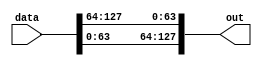
`timescale 1ns / 1ps
//////////////////////////////////////////////////////////////////////////////////
// Company: 
// Engineer: 
// 
// Design Name: 
// Module Name:    mix_columns 
// Project Name: 
// Target Devices: 
// Tool versions: 
// Description: 
//
// Dependencies: 
//
// Revision: 
// Revision 0.01 - File Created
// Additional Comments: 
//
//////////////////////////////////////////////////////////////////////////////////
module mix_columns(data, out);

	input [127:0]data;
	
	wire [31:0] out1;
	wire [31:0] out2;
	wire [31:0] out3;
	wire [31:0] out4;
	
	output [127:0] out;
	
	
	//take a column and rotate twice
	assign out1 = data[63:32];
	assign out2 = data[31:0];	
	assign out3 = data[127:96];
	assign out4 = data[95:64];
	
	assign out = {out1, out2, out3, out4};


endmodule